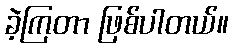
ခဲ့ကြတာ ဖြစ်ပါတယ်။